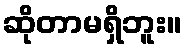
ဆိုတာမရှိဘူး။